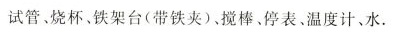
试管、烧杯、铁架台(带铁夹)、搅棒、停表、温度计、水.